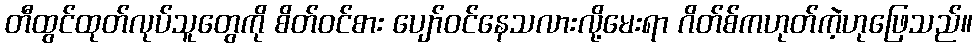
တီထွင်ထုတ်လုပ်သူတွေကို စိတ်ဝင်စား ပျော်ဝင်နေသလားလို့မေးရာ ဂိတ်စ်ကဟုတ်ကဲ့ဟုဖြေသည်။